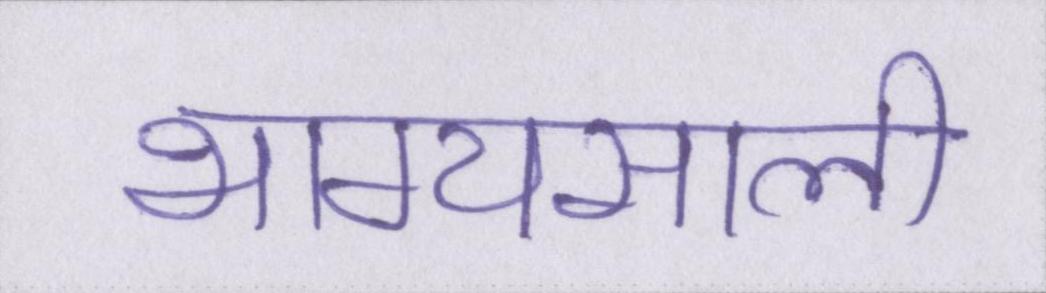
भाग्यसाली